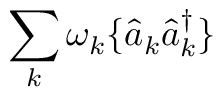
\sum _ { k } \omega _ { k } \{ \hat { a } _ { k } \hat { a } _ { k } ^ { \dagger } \}